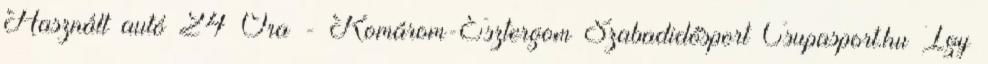
Használt autó 24 Óra - Komárom-Esztergom Szabadidősport Csupasport.hu Így